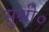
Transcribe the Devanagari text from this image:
सुश्री०